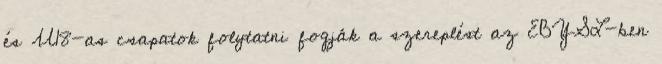
és U18-as csapatok folytatni fogják a szereplést az EBYSL-ben